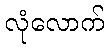
လုံလောက်